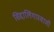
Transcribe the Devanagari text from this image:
सिद्दालिंगास्वामी